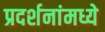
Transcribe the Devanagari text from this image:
प्रदर्शनांमध्ये